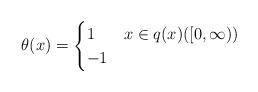
LaTeX: \begin{align*} \theta(x) = \begin{cases} 1 & x\in q(x)([0,\infty))\\ -1 & \end{cases} \end{align*}